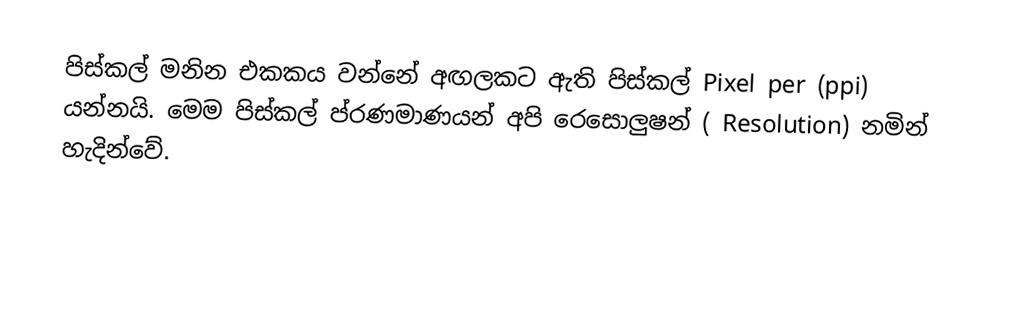
පිස්කල් මනින එකකය වන්නේ අඟලකට ඇති පිස්කල් Pixel per (ppi) යන්නයි. මෙම පිස්කල් ප්රණමාණයන් අපි රෙසොලුෂන් ( Resolution) නමින් හැදින්වේ.